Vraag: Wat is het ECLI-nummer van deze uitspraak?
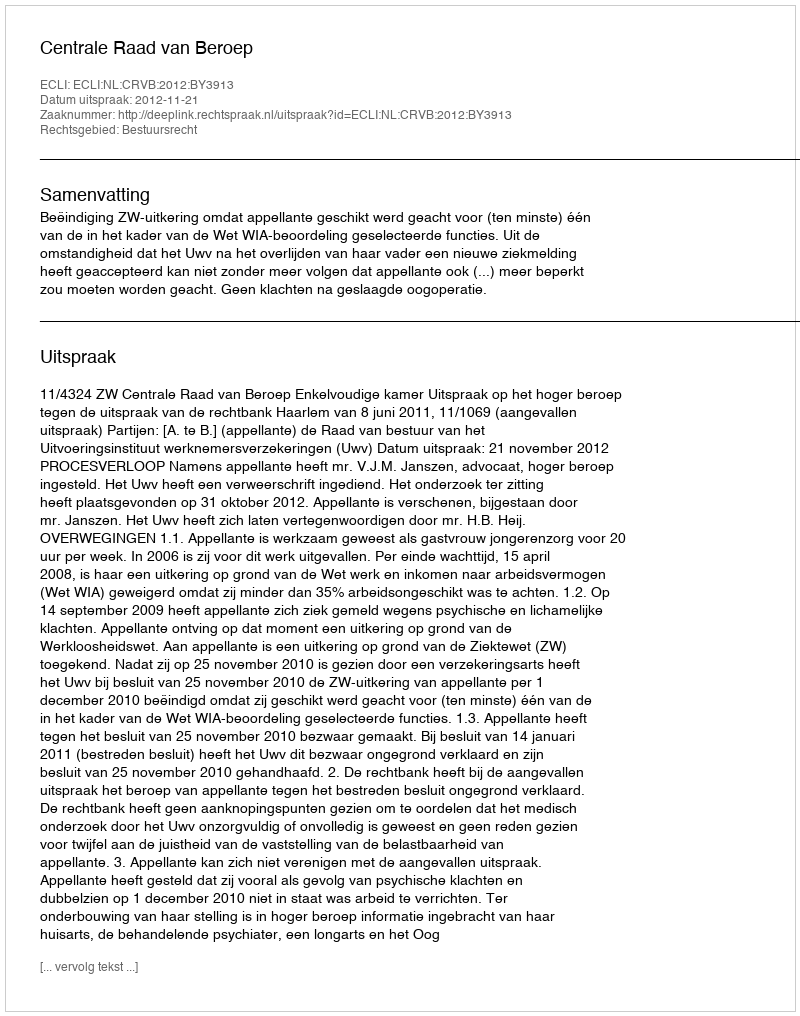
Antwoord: ECLI:NL:CRVB:2012:BY3913